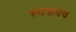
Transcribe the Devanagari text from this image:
स्वरूपच